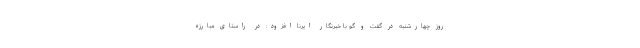
روز چهارشنبه در گفت و گو با خبرنگار ایرنا افزود: در راستای مبارزه